Vital statistics of India. Vol. IV, Annual returns from 1871 to 1876. British Army of India, Native Army and jails of Bengal
Year: 1871
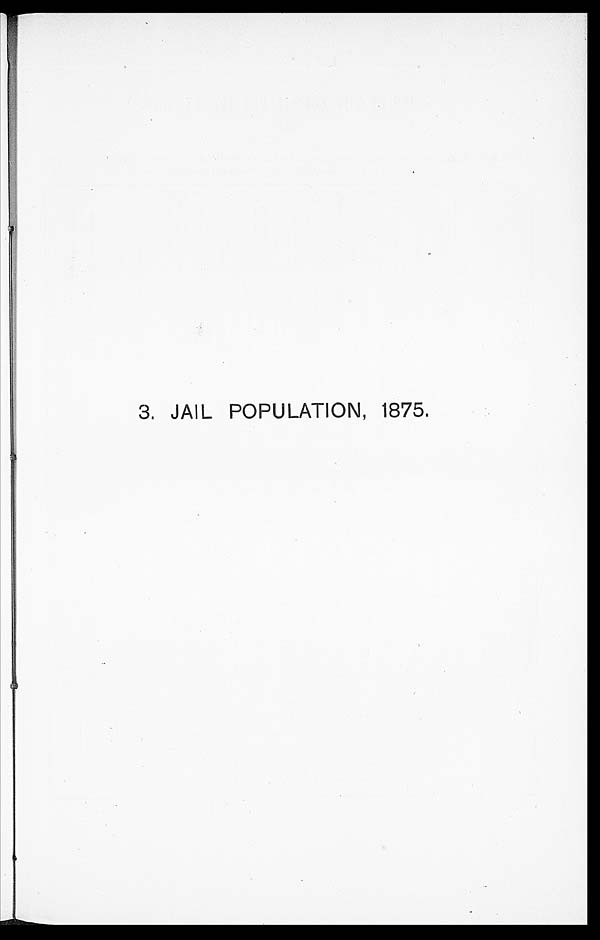
3. JAIL PL.UAIToN5 41875.